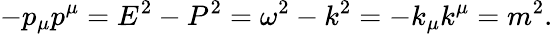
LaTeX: -p_{\mu}p^{\mu}=E^{2}-P^{2}=\omega^{2}-k^{2}=-k_{\mu}k^{\mu}=m^{2}.